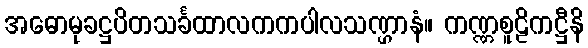
အဓောမုခဋ္ဌပိတသင်္ခထာလကကပါလသဏ္ဌာနံ။ ကဏ္ဏစူဠိကဋ္ဌီနိ